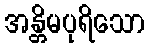
အန္တိမပုရိသော